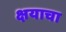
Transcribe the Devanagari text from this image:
क्षयाचा